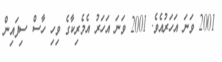
2001 ވަނަ އަހަރުއެވެ. 2001 ވަނަ އަހަރު އެމެރިކާގެ ވިހި ހާސް ސިފައިން